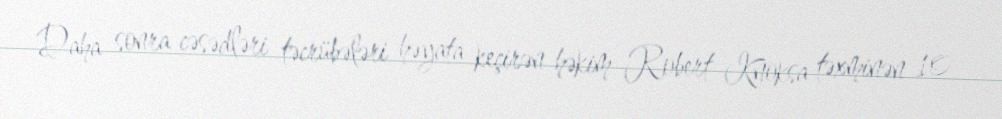
Daha sonra cəsədləri təcrübələri həyata keçirən həkim Robert Knoksa təxminən 10